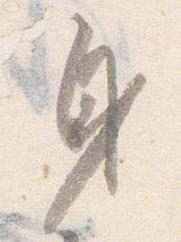
身